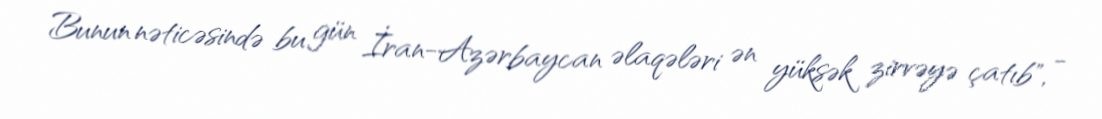
Bunun nəticəsində bu gün İran-Azərbaycan əlaqələri ən yüksək zirvəyə çatıb", -